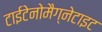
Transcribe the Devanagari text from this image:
टाईटेनोमैग्नेटाइट